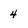
Character: 4